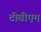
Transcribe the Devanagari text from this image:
टीबीएम